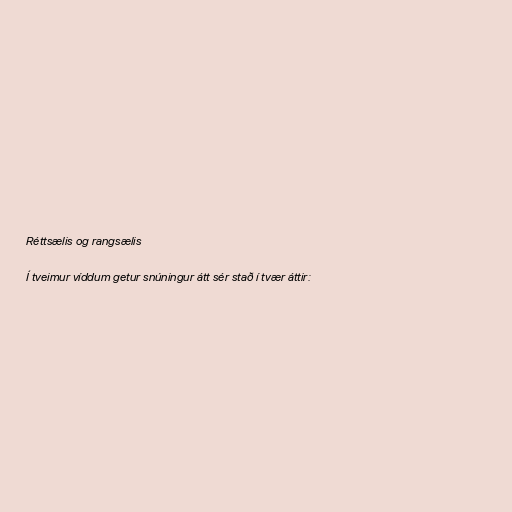
Réttsælis og rangsælis

Í tveimur víddum getur snúningur átt sér stað í tvær áttir: